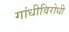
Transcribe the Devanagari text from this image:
गांधीविरोधी